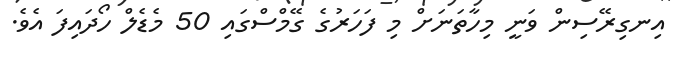
އިނގިރޭސިން ވަނީ މިހާތަނަށް މި ފަހަރުގެ ގޭމްސްގައި 50 މެޑެލް ހޯދައިފަ އެވެ.